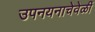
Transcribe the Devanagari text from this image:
उपनयनाचेवेळीं